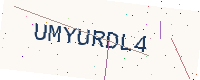
Text: UMYURDL4